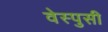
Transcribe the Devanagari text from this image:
वेस्पुसी